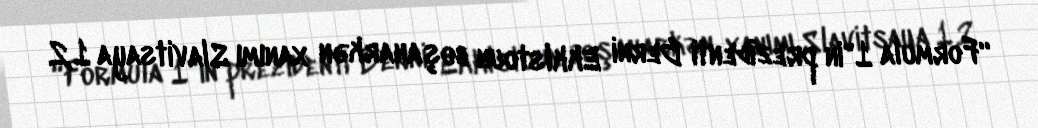
“Formula 1"in prezidenti Berni Ekklstoun boşanarkən xanımı Slavitsaya 1,2